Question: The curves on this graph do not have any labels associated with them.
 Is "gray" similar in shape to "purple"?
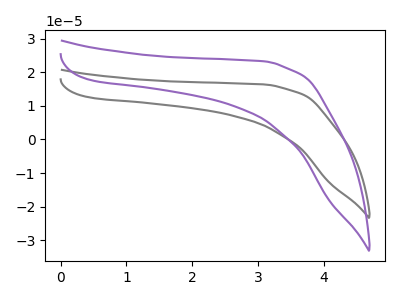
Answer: <think>The gray curve "gray" has no peaks. The purple curve "purple" has no peaks.
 Neither "gray" or "purple" have any peaks.</think>
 <answer>"gray" and "purple" are similar in shape.</answer>
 <eval>same_shape</eval>